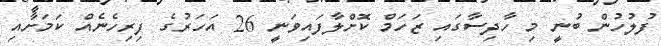
ފުލުހުން ބުނީ މި ހާދިސާގައި ޒަހަމް ކޮށްލާފައިވަނީ 26 އަހަރުގެ ފިރިހެނެއް ކަމަށާއި